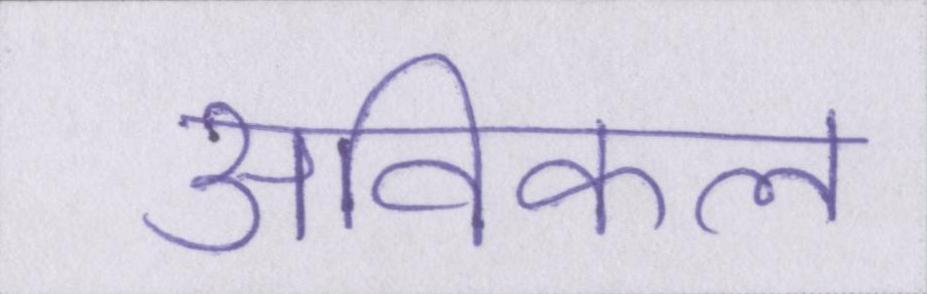
अविकल